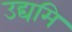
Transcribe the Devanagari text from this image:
उद्यमि